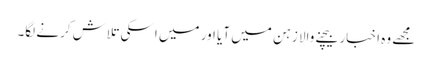
مجھے وہ اخبار بیچنے والا زہن میں آیا اور میں اسکی تلاش کرنے لگا۔